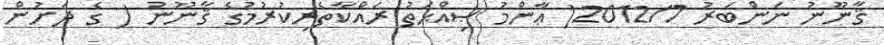
ޤާނޫނު ނަންބަރު 2012/7( ޢާންމު ޞިއްޙަތު ރައްކާތެރިކުރުމުގެ ޤާނޫނު ( ގެ ދަށުން